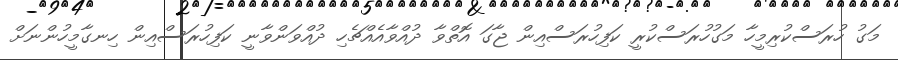
މަގު ހުރަސްކުރިމީހާ މަގުހުރަސްކުރީ ކަފިހުރަސްއިން ޖާގަ އޮތްވާ ދުއްވާއެއްޗެހި ދުއްވަންވާނީ ކަފިހުރަސްއިން ހިނގާމީހުންނަށް